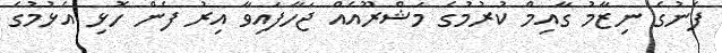
ފެނުގެ ނިޒާމު ގާއިމް ކުރުމުގެ މަޝްރޫއެއް ޖަހާފައިވާ އިރު ފެން ހޮޅި އެޅުމުގެ